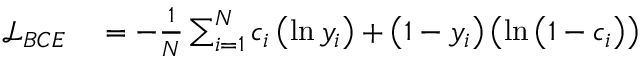
\begin{array} { r l } { \mathcal { L } _ { B C E } } & { { } = - \frac { 1 } { N } \sum _ { i = 1 } ^ { N } c _ { i } \left( \ln y _ { i } \right) + \left( 1 - y _ { i } \right) \left( \ln \left( 1 - c _ { i } \right) \right) } \end{array}